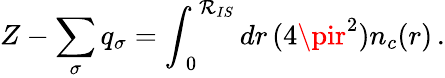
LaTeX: Z-\sum_{\sigma}q_{\sigma}=\int_{\, 0}^{\, \mathcal{R}_{IS}}dr\, (4\pir^{2})n_{c}(r)\, .